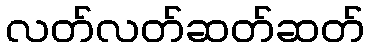
လတ်လတ်ဆတ်ဆတ်